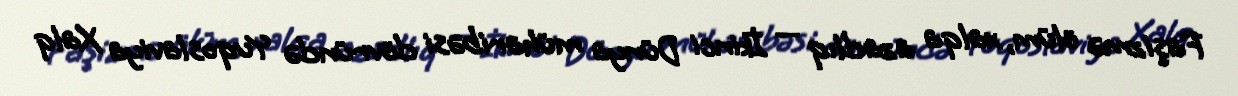
Faşizmə ölüm, xalqa azadlıq — İkinci Dünya müharibəsi dövründə Yuqoslaviya Xalq